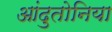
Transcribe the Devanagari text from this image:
आंदुतोनिया